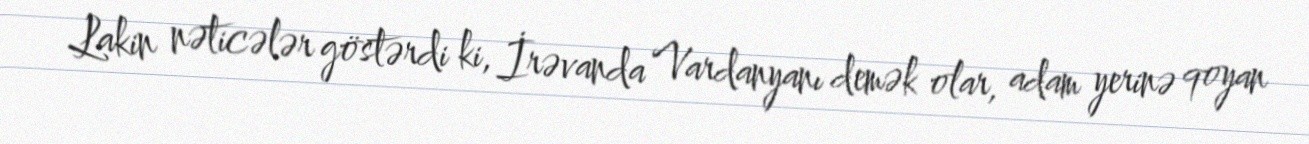
Lakin nəticələr göstərdi ki, İrəvanda Vardanyanı demək olar, adam yerinə qoyan